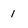
Character: 1